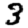
Digit: 3